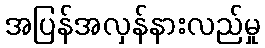
အပြန်အလှန်နားလည်မှု